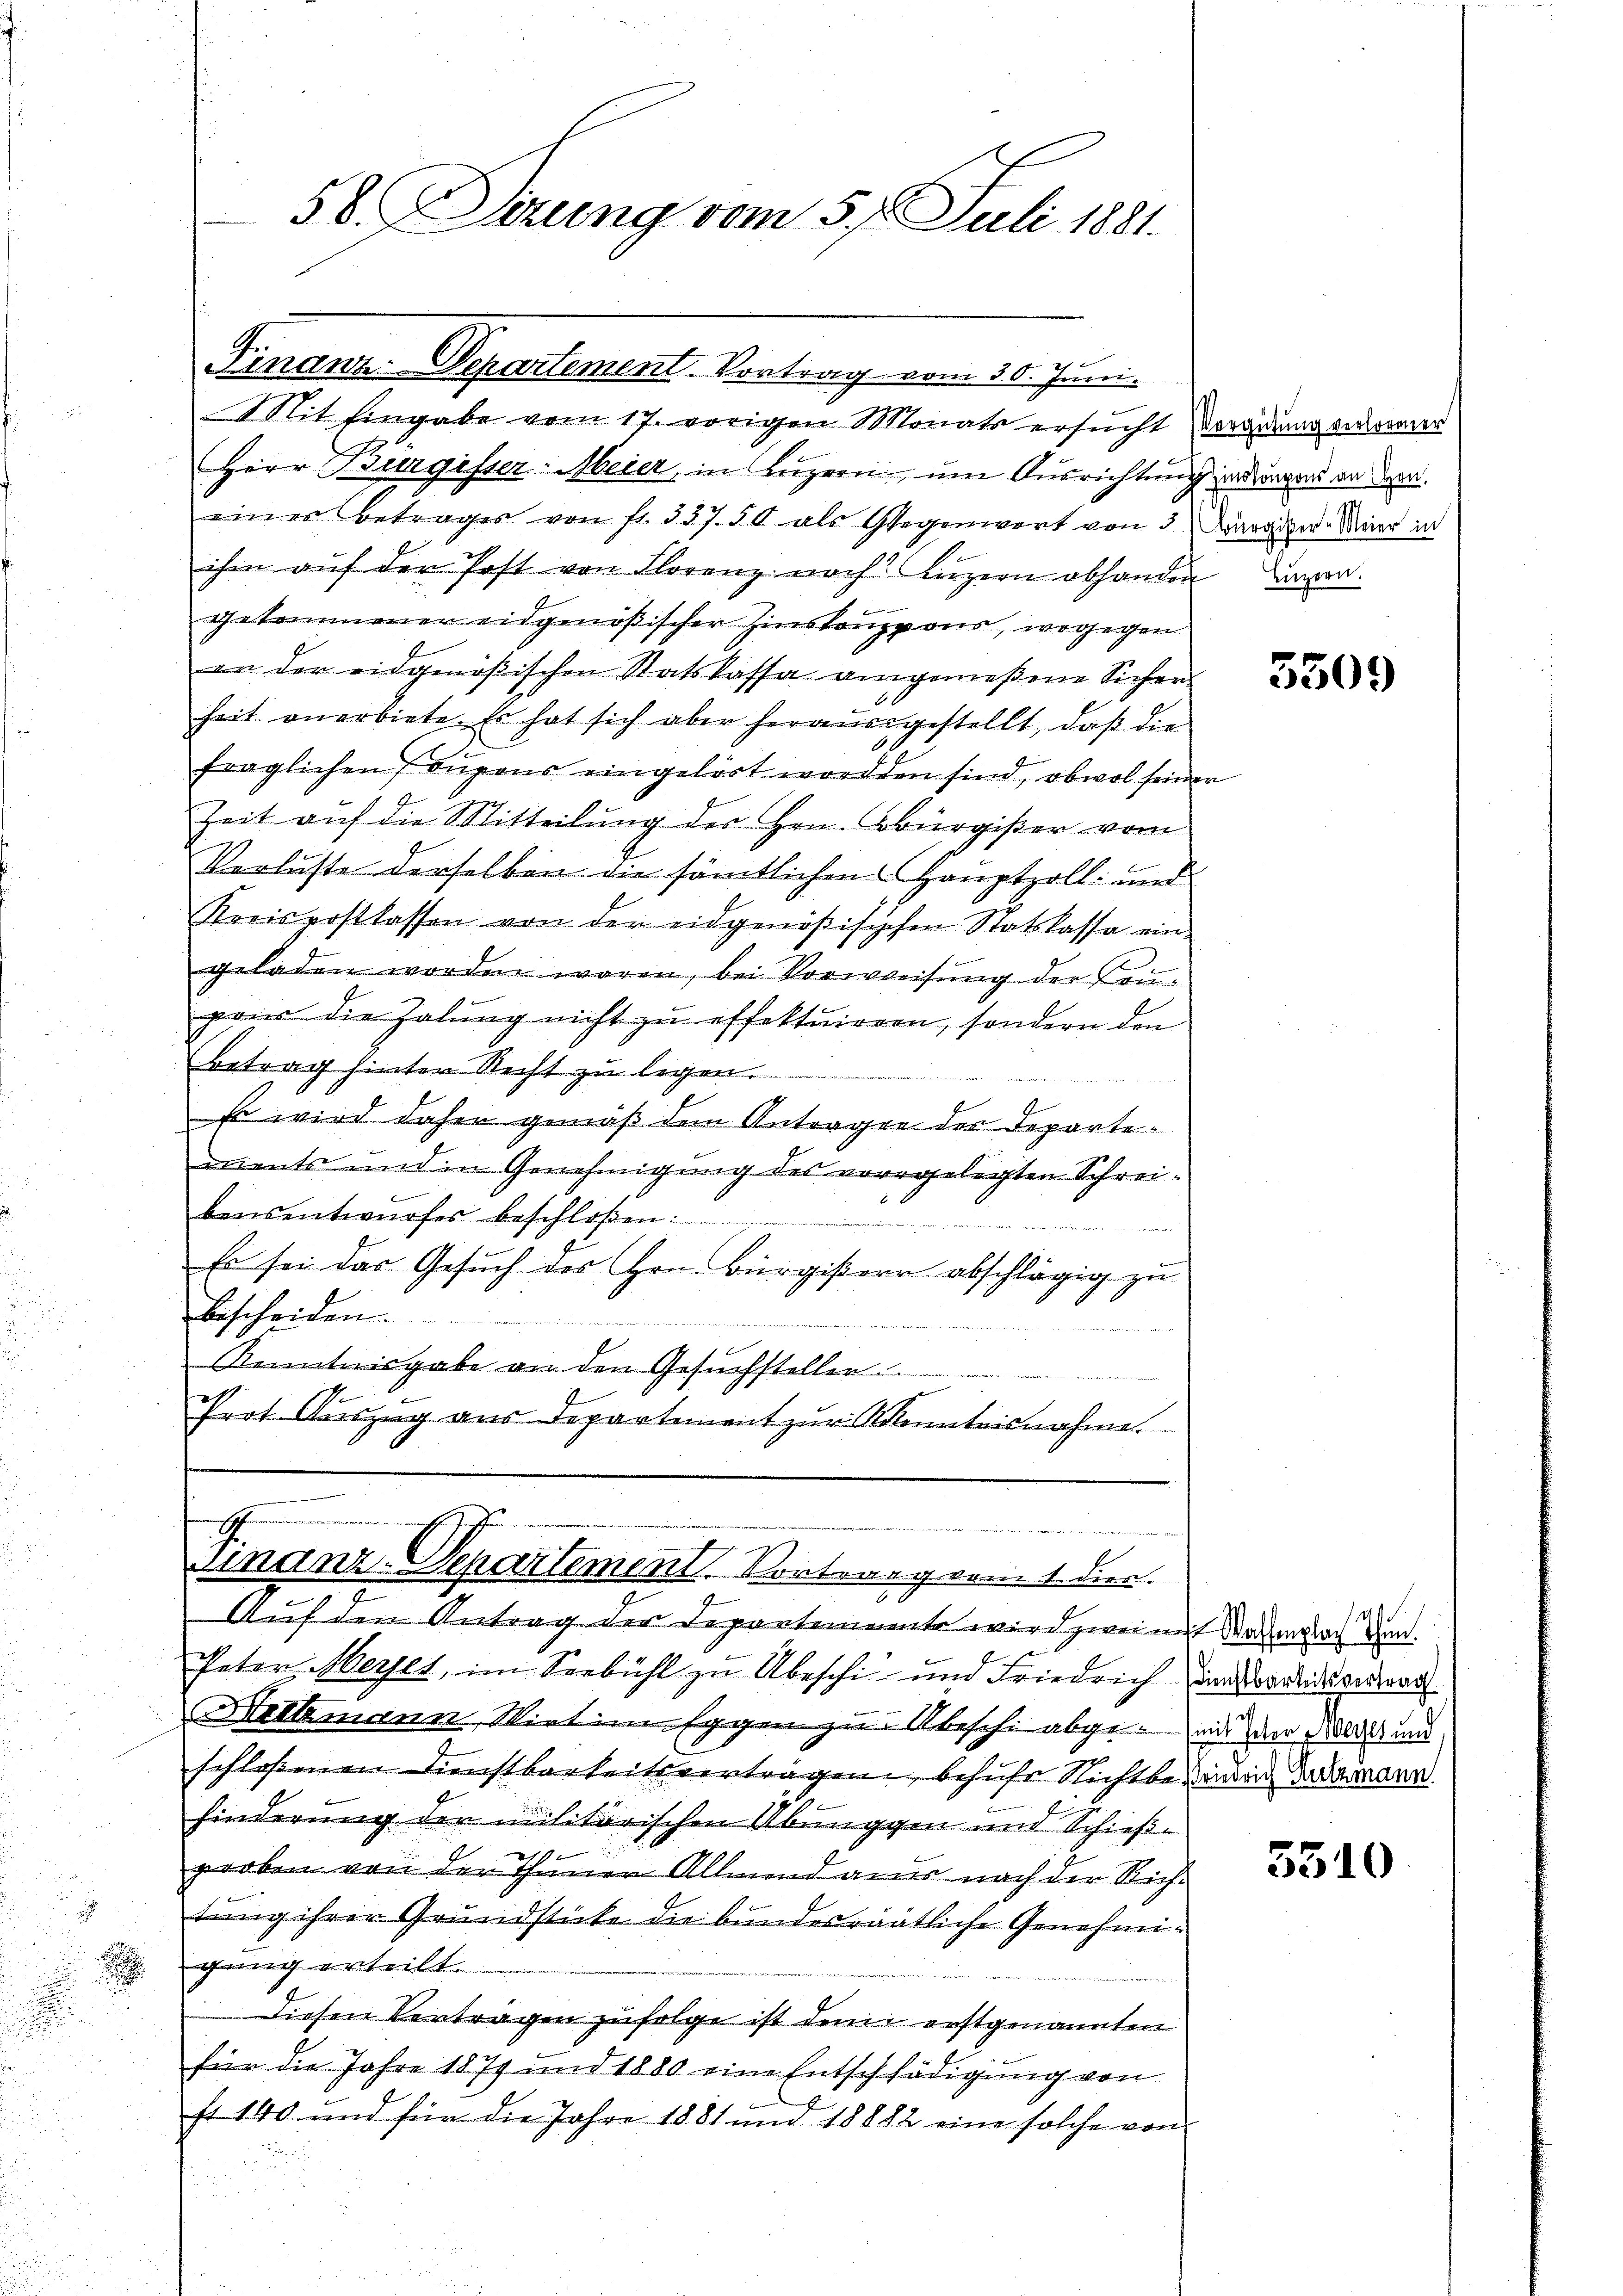
.

58. Serung vom 57. Juli 1881.

G.
Finanz-Departement. Vortrag vom 30. Juni.
Mit Eingabe vom 17. vorigen Monats ersucht Verging anderer
Herr Burgisser-Meier, in Luzern, um Ausrichtung jederungen an der
einer Betrages von fr. 337. 50 als Gegenwort von 3 Margiver Meier in
ihm aŭf der Post von Florenz nach Luzern abhanden davon.
gekommener eidgenößischer Zinskoupons, wogegen
an der eidgenößischen Statskassa angemeßene Sichen-
heit anerbiete. Es hat sich aber herausgestellt, daß die
fraglichen 7 Bupons eingehört worden sind, obwol seiner
Zeit auf die Mitteilung des Hrn. Bürgißer vom
Verluste derselben die sämtlichen Hauptzoll- und
Kreispostlassen von der eidgenößisischen Statskassa ein-
geladen worden waren, bei Vorweisung der Brun
pans die Zahlung nicht zu effektuiren, sondern den
betrag hinter Recht zu legen.
Es wird daher gemäß dem Antragen der Departements und in Genehmigung des vorgelegten Schreibensentwŭrfes beschloßen:

u
Es sei das Gesuch des Hrn. Bürgißern abschlägig zu
bescheiden.

Kenntnisgabe an den Gesuchsteller
Prot. Auszug aus Departement zur Kenntnisnahme.

.
Finanz-Departement Vortrag vom 1. Dier.
e

Auf den Antrag der Departemente wird zwei mit demnach und
Peter Meret, im Seebühl zu Übeschi- und Friedrich an erleideneran
Hethmann, Wirt in Eggen zur Abschi abgenaus der als und
schloßenen Dienstbarkeitsverträgen, behufe Nichte an daran
hinderung der Militärischen Übunggen und Schießproben von der Thuner Allmend aner nach der Richtung ihrer Grundstücke die bundesraatliche Genehmigung erteilt.
Diesen Vertragen zufolge ist dem erstgenannten
für die Jahre 1879 und 1880 eine Entschfädigung von
st 140 und für die Jahre 1881 und 18882 eine solche von

u

5509

5310